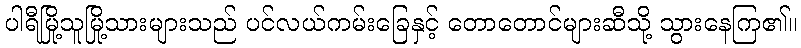
ပါရီမြို့သူမြို့သားများသည် ပင်လယ်ကမ်းခြေနှင့် တောတောင်များဆီသို့ သွားနေကြ၏။